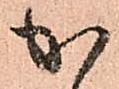
か